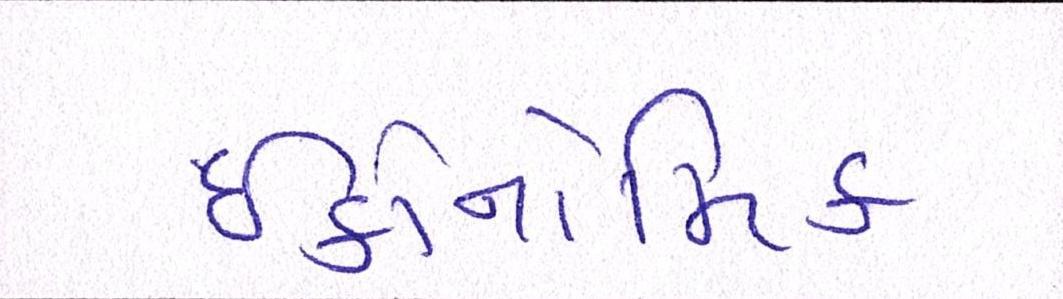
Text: ઇકોનોમિક